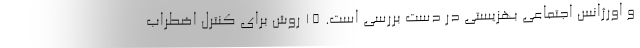
و اورژانس اجتماعی بهزیستی در دست بررسی است. 15 روش برای کنترل اضطراب